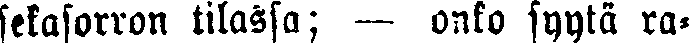
sekasorron tilassa; — onko syytä ra-